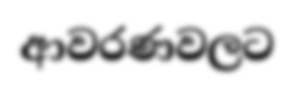
ආවරණවලට